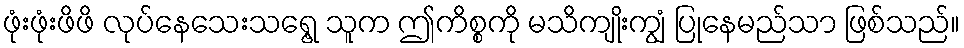
ဖုံးဖုံးဖိဖိ လုပ်နေသေးသရွေ့ သူက ဤကိစ္စကို မသိကျိုးကျွံ ပြုနေမည်သာ ဖြစ်သည်။